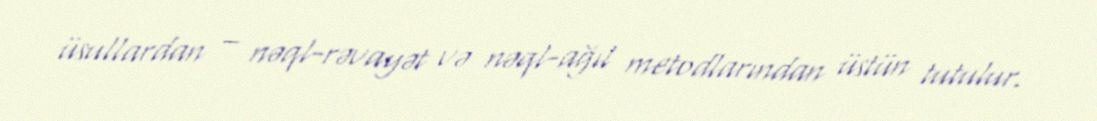
üsullardan – nəql-rəvayət və nəql-ağıl metodlarından üstün tutulur.